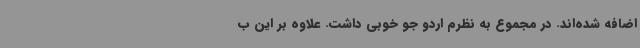
اضافه شده‌اند. در مجموع به نظرم اردو جو خوبی داشت. علاوه بر این ب